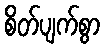
စိတ်ပျက်စွာ